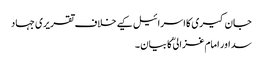
جان کیری کا اسرائیل کیے خلاف تقریری جہاد
سد اور امام غزالی ؒ کا بیان ۔